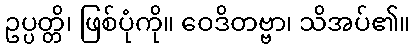
ဥပ္ပတ္တိ၊ ဖြစ်ပုံကို။ ဝေဒိတဗ္ဗာ၊ သိအပ်၏။